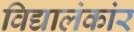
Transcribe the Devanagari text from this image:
विद्यालंकांर